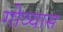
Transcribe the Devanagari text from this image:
गोव्यास